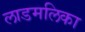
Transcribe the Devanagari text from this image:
लाडमलिका